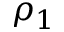
\rho _ { 1 }